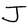
Character: J